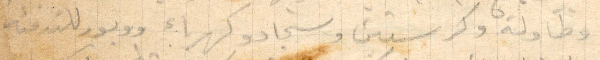
وطاولة وكرستين وسجاد وكهرباء وببور للتدفئة